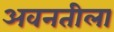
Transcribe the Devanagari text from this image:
अवनतीला